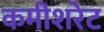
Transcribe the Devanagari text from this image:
कमीशरेट